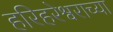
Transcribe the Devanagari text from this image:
हरिहरेश्वराच्या